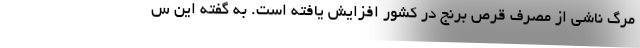
مرگ ناشی از مصرف قرص برنج در کشور افزایش یافته است. به گفته این س